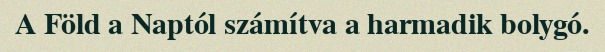
A Föld a Naptól számítva a harmadik bolygó.